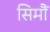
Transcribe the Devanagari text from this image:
सिमौं